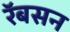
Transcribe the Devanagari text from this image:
रॅबसन